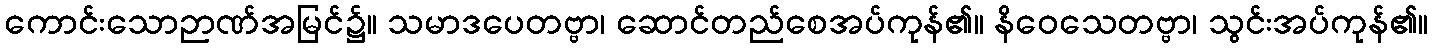
ကောင်းသောဉာဏ်အမြင်၌။ သမာဒပေတဗ္ဗာ၊ ဆောင်တည်စေအပ်ကုန်၏။ နိဝေသေတဗ္ဗာ၊ သွင်းအပ်ကုန်၏။